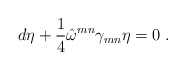
\begin{align*}d\eta +\frac{1}{4}\hat{\omega}^{mn}\gamma _{mn}\eta =0\;.\end{align*}